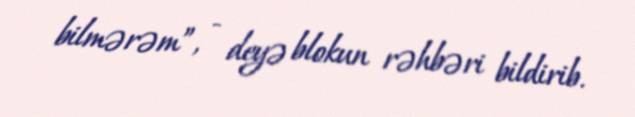
bilmərəm”, - deyə blokun rəhbəri bildirib.